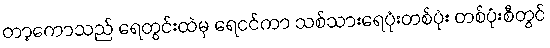
တာ့ကောသည် ရေတွင်းထဲမှ ရေငင်ကာ သစ်သားရေပုံးတစ်ပုံး တစ်ပုံးစီတွင်